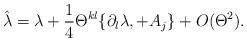
LaTeX: \begin{align*}\hat{\lambda} = \lambda+ {1\over 4} \Theta^{kl} \{ \partial_l \lambda, + A_j \} +O(\Theta^2).\end{align*}